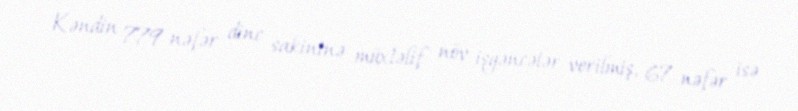
Kəndin 779 nəfər dinc sakininə müxtəlif növ işgəncələr verilmiş, 67 nəfər isə